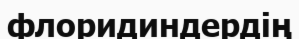
флоридиндердің